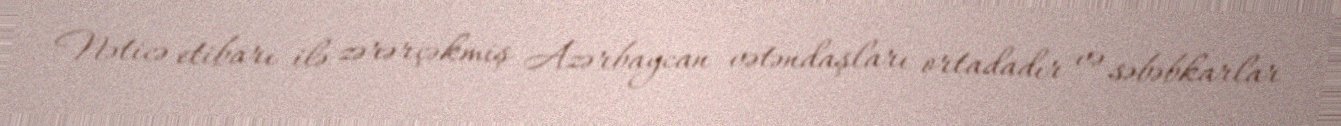
Nəticə etibarı ilə zərərçəkmiş Azərbaycan vətəndaşları ortadadır və səbəbkarlar